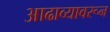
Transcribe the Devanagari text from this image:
आढाव्यावरून